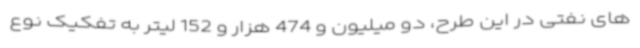
های نفتی در این طرح، دو میلیون و 474 هزار و 152 لیتر به تفکیک نوع